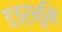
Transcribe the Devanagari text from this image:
वज्रभूमि